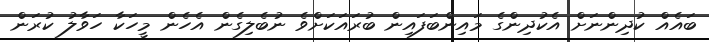
ބައެއް ކުދިންނަށް އެކުދިންގެ މައިންބަފައިން ބުރައަކަށްވެ ނުބެލިގެން އެހެން މީހަކާ ހަވާލު ކުރަން